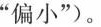
”偏小”)。